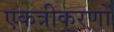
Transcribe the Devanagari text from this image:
एकत्रीकरणों